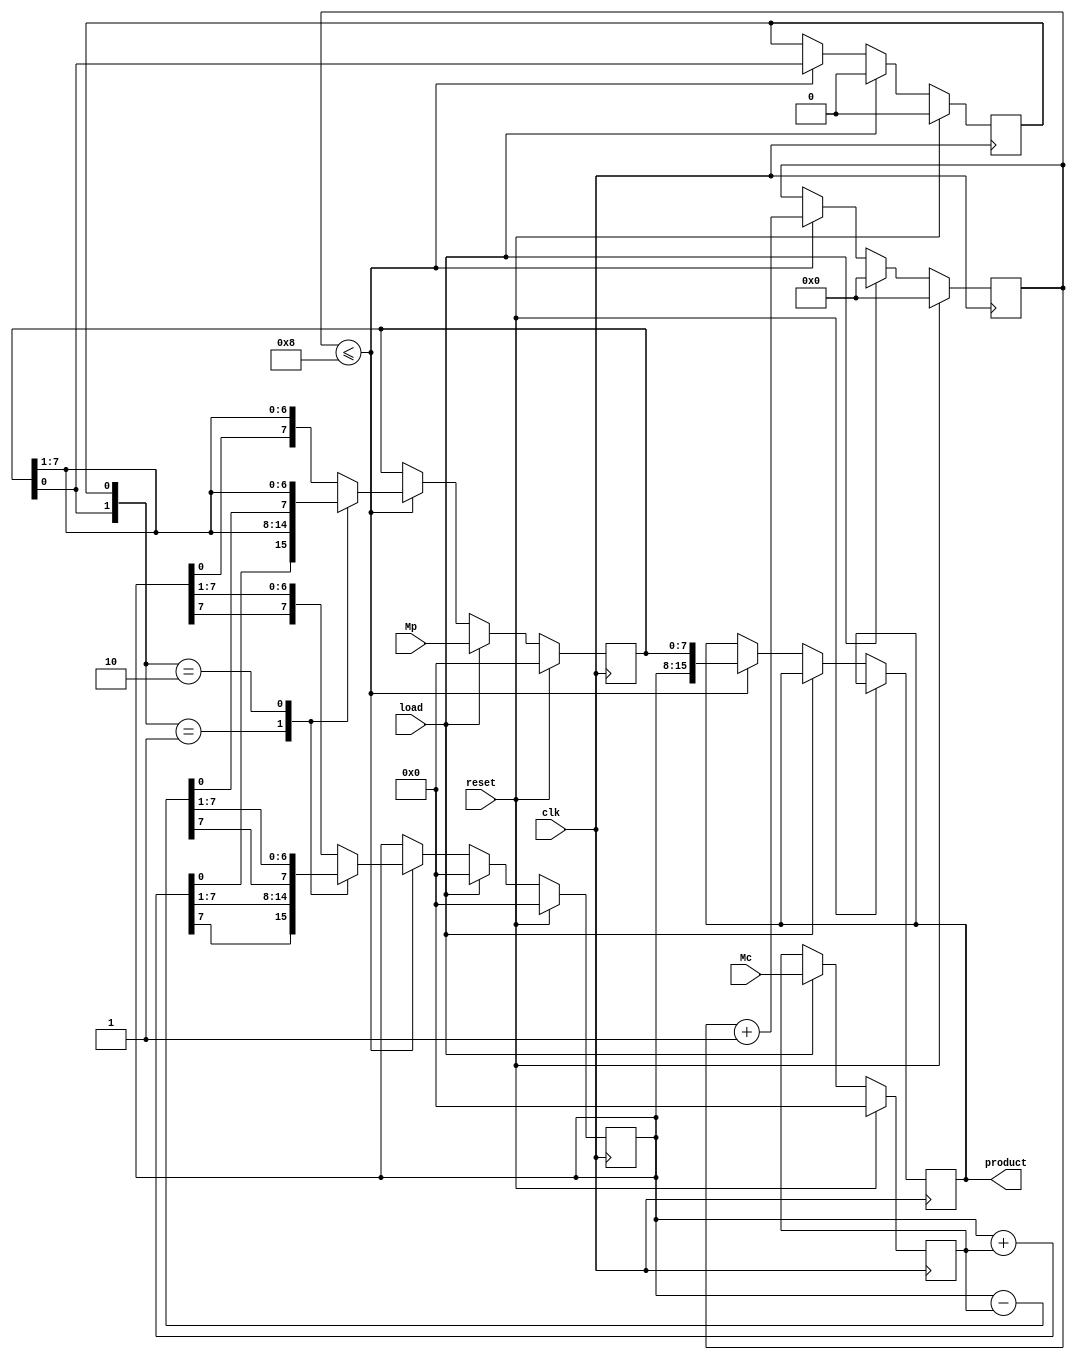
`timescale 1ns / 1ps

//////////////////////////////////////////////////////////////////////////////////
// Assignment No: 6
// Group No     : 8
// Problem No   : 3
// Group Members: Suhas Jain    (19CS30048)
//                Monal Prasad  (19CS30030)
// Semester No  : 5 (Autumn 2021-22)
//////////////////////////////////////////////////////////////////////////////////

// Module to implement a 8-bit booth multiplier 

module booth_multiplier(
    input clk,
    input reset,
    input load,
    input signed [7:0] Mc,
    input signed [7:0] Mp,
    output reg [15:0] product
);  
    /*
        clk:   Clock 
        reset: Reset bit of the multiplier (sets everythong to initial configuration)
        load:  Load bit (signals when inputs need to be loaded)
        Mc:    8-bit multiplicand 
        Mp:    8-bit multiplier  
        product: 16-bit product output 
    */

    // Declarations of registers needed for the computation 
    reg signed [7:0] A, Q, B;
    reg Q_1;
    reg [3:0] count;
    reg [1:0] temp;
    reg [7:0] sum, diff;

    // Sequential contol block
    // Asynchronous reset
    always @(posedge clk) begin

        // When reset bit is 1, set everything to initial configuration 
        if (reset) begin
            A <= 8'b0;
            B <= 8'b0;
            Q <= 8'b0;
            Q_1 <= 1'b0;
            count <= 4'b0;
        end

        // When load bit is 1, load data from the inputs 
        else if (load) begin
            A <= 8'b0;
            B <= Mc;
            Q <= Mp;
            Q_1 <= 1'b0;
            count <= 4'b0;
        end

        // Else perform the operation 8 times
        else if(count <= 8) begin
            temp = {Q[0], Q_1};    // Concatination of bits to check the condition 
            case (temp)
                2'b01 : begin      // Ending of run with 1s, so perform addition 
                    sum = A + B;
                    A <= {sum[7], sum[7:1]};
                    Q <= {sum[0], Q[7:1]};
                end 
                2'b10 : begin      // Starting of a run with 1s, so perform subtraction 
                    diff = A - B; 
                    A <= {diff[7], diff[7:1]};
                    Q <= {diff[0], Q[7:1]};
                end
                default: begin     // Else run of 0 or 1 is in continuation, so just the shift operation 
                    A <= {A[7], A[7:1]};
                    Q <= {A[0], Q[7:1]};
                end
            endcase
 
            Q_1 <= Q[0];            // Preserve last bit of Q for check in next iteration
            count <= count + 1'b1;  // Increase loop constant 
            product <= {A, Q};      // Set product as concatenation of A and Q 
        end
    end

endmodule